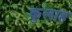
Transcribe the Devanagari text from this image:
कुलाह